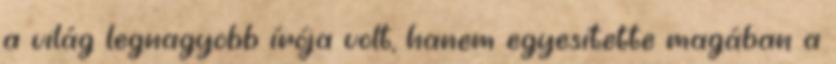
a világ legnagyobb írója volt, hanem egyesítette magában a